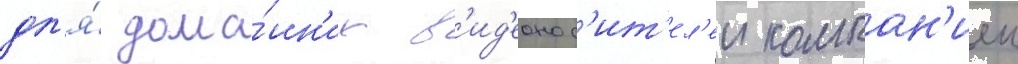
дл'я́ дома́шн'их в'ид'еонос'ит'ел'еи компан'иеи